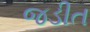
જડીત